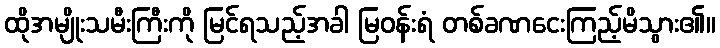
ထိုအမျိုးသမီးကြီးကို မြင်ရသည့်အခါ မြဝန်းရံ တစ်ခဏငေးကြည့်မိသွား၏။